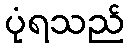
ပုံရသည်